Vaccine operations Central Provinces 1886-1899 - 1886-1899
Year: 1886
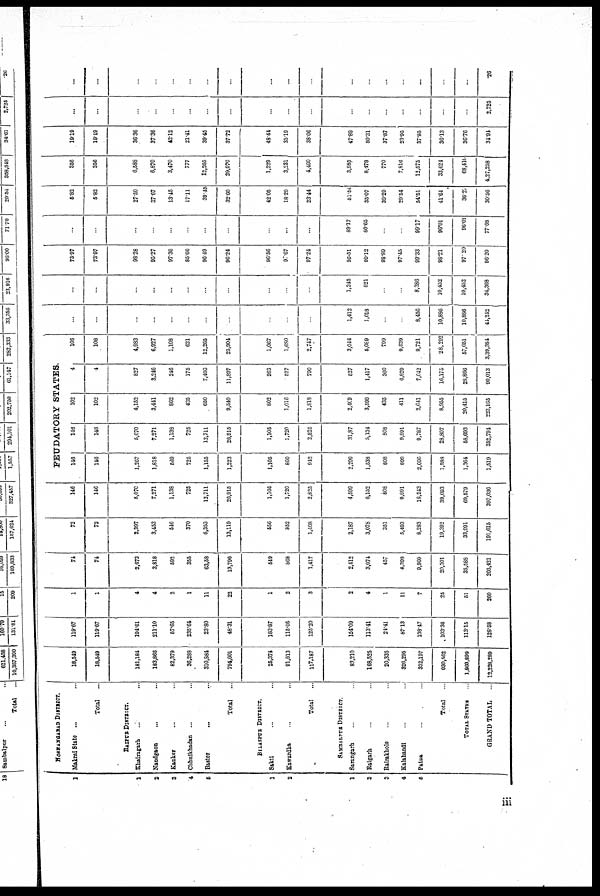
1
1
2
3
4
5
1
2
1
2
3
4
6
HOSHANGABAD DISTRICT.
Makrai State ... ...
Total
...
RAIPUR DISTRICT.
Khairagarh ... ...
Nandgaon ... ...
Kanker ... ...
Chhuikhadan ... ...
Baster ... ...
Total
..
BILASPUR DISTRICT.
Sakti ... ...
Kawardha ... ...
Total
...
SAMBALPUR DISTRICT.
Sarangarh ...
Raigarh ... ...
Rairakhole ... ...
Kalahandi ... ...
Patna ... ...
Total ...
TOTAL STATES ...
GRAND TOTAL ...
18,549
18,549
181,184
183,886
82,379
36,288
310,884
794,601
25,374
91,813
117,187
83,210
168,525
20,335
326,295
332,197
930,562
1,860,899
12,228,289
119.67
119.67
194.61
211.10
57.65
235.64
23.80
48.31
183.87
115.05
125.20
154.09
113.41
24.41
87.13
138.47
103.36
113.15
128.58
1
1
4
4
2
1
11
22
1
2
3
2
4
1
11
7
25
51
260
74
74
2,673
3,818
592
355
63,58
13,796
549
868
1,417
2,412
3,074
457
4.398
9,960
20,301
35,588
205,421
72
72
2,397
3,453
546
370
6,353
13,119
556
852
1,408
2,187
3,078
351
5,493
8,283
19,392
33,991
191,615
146
146
5,070
7,271
1,138
725
12,711
26,915
1,105
1,720
2,825
4,599
6,152
808
9,891
18,243
39,693
69,579
397,086
FEUDATORY STATES.
146
146
1,267
1,818
569
725
1,155
1,223
1,105
860
942
2,299
1,538
808
899
2,606
1,588
1,364
1,519
146
146
5,070
7,271
1,138
725
12,711
26,915
1,105
1,720
2,825
31,87
5,134
808
9,891
9,787
28,807
58,693
352,794
102
102
4,152
3,441
862
435
650
9,540
802
1,016
1,818
2, 409
3,599
435
411
2,041
8,955
20,415
223,165
4
4
827
3,246
246
175
7,403
11,897
263
527
790
527
1,417
360
6,829
7,042
16,175
28,866
90,013
108
108
4,983
6,927
1,108
621
12,265
25,904
1,067
1,680
2,747
3,044
5,089
799
9,639
9,721
28,292
57,051
3,39,384
...
...
...
...
...
...
...
...
...
...
...
1,412
1,018
...
...
8,456
10,886
10,886
44,242
...
...
...
...
...
...
...
...
...
...
...
1,245
821
...
...
8,386
10,452
10,452
34,368
73.97
73.97
98.28
95.27
97.36
85.66
96.49
96.24
96.56
95.67
97.24
95.51
99.12
98.89
97.45
99.33
98.21
97.20
96.20
...
...
...
...
...
...
...
...
...
...
...
88.17
80.65
...
...
99.17
96.01
96.01
77.68
5.82
5.82
27.50
37.67
13.45
17.11
39.45
32.60
42.05
18.20
23.44
51.54
35.07
39.29
20.64
54.51
41.64
36.20
30.56
356
356
6,588
6,870
3,470
777
12,265
29,970
1,229
3,231
4,460
3,985
8,478
770
7,816
12,575
33,624
68,410
4,27,258
19.19
19.19
36.36
37.36
42.12
21.41
39.45
37.72
48.44
35.19
38.06
47.89
50.31
37.87
23.95
37.85
36.13
36.76
34.94
...
...
...
...
...
...
...
...
...
...
...
...
...
...
...
...
...
...
2,725
...
...
...
...
...
...
...
...
...
...
...
...
...
...
...
...
...
...
.26
iii